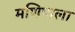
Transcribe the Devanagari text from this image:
मणिपाला